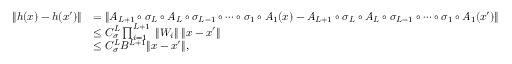
\begin{array} { r l } { \| h ( x ) - h ( x ^ { \prime } ) \| } & { = \| A _ { L + 1 } \circ \sigma _ { L } \circ A _ { L } \circ \sigma _ { L - 1 } \circ \cdots \circ \sigma _ { 1 } \circ A _ { 1 } ( x ) - A _ { L + 1 } \circ \sigma _ { L } \circ A _ { L } \circ \sigma _ { L - 1 } \circ \cdots \circ \sigma _ { 1 } \circ A _ { 1 } ( x ^ { \prime } ) \| } \\ & { \leq C _ { \sigma } ^ { L } \prod _ { i = 1 } ^ { L + 1 } \; \| W _ { i } \| \; \| x - x ^ { \prime } \| } \\ & { \leq C _ { \sigma } ^ { L } B ^ { L + 1 } \| x - x ^ { \prime } \| , } \end{array}